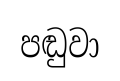
පඬුවා